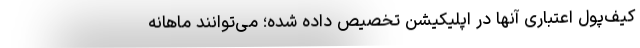
کیف‌پول اعتباری آنها در اپلیکیشن تخصیص داده شده؛ می‌توانند ماهانه